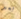
بعد